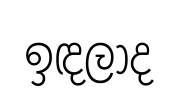
ඉඳලාද